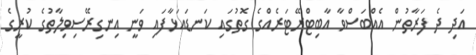
އަދި ދެ ފަރާތުން އެއްބަސްވާ އާބިޓްރޭޓަރެއްގެ ގޮތުގައި ކަނޑައަޅާފައި ވަނީ އިނގިރޭސިވިލާތުގެ ކުރީގެ